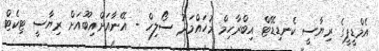
އެމްޑީޕީގެ ރިޔާސީ ކެނޑިޑޭޓް އިބްރާހިމް މުހައްމަދު ސޯލިހް - އޭނާއަށްއިބޫއަށް ރިޔާސީ ޓިކެޓް